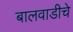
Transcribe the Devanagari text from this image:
बालवाडीचे